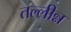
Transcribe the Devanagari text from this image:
तल्लीन्न